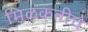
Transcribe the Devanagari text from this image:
मिळकतीचे